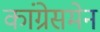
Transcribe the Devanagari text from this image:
कांग्रेसमेन